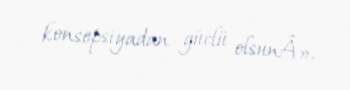
konsepsiyadan güclü olsunÂ».